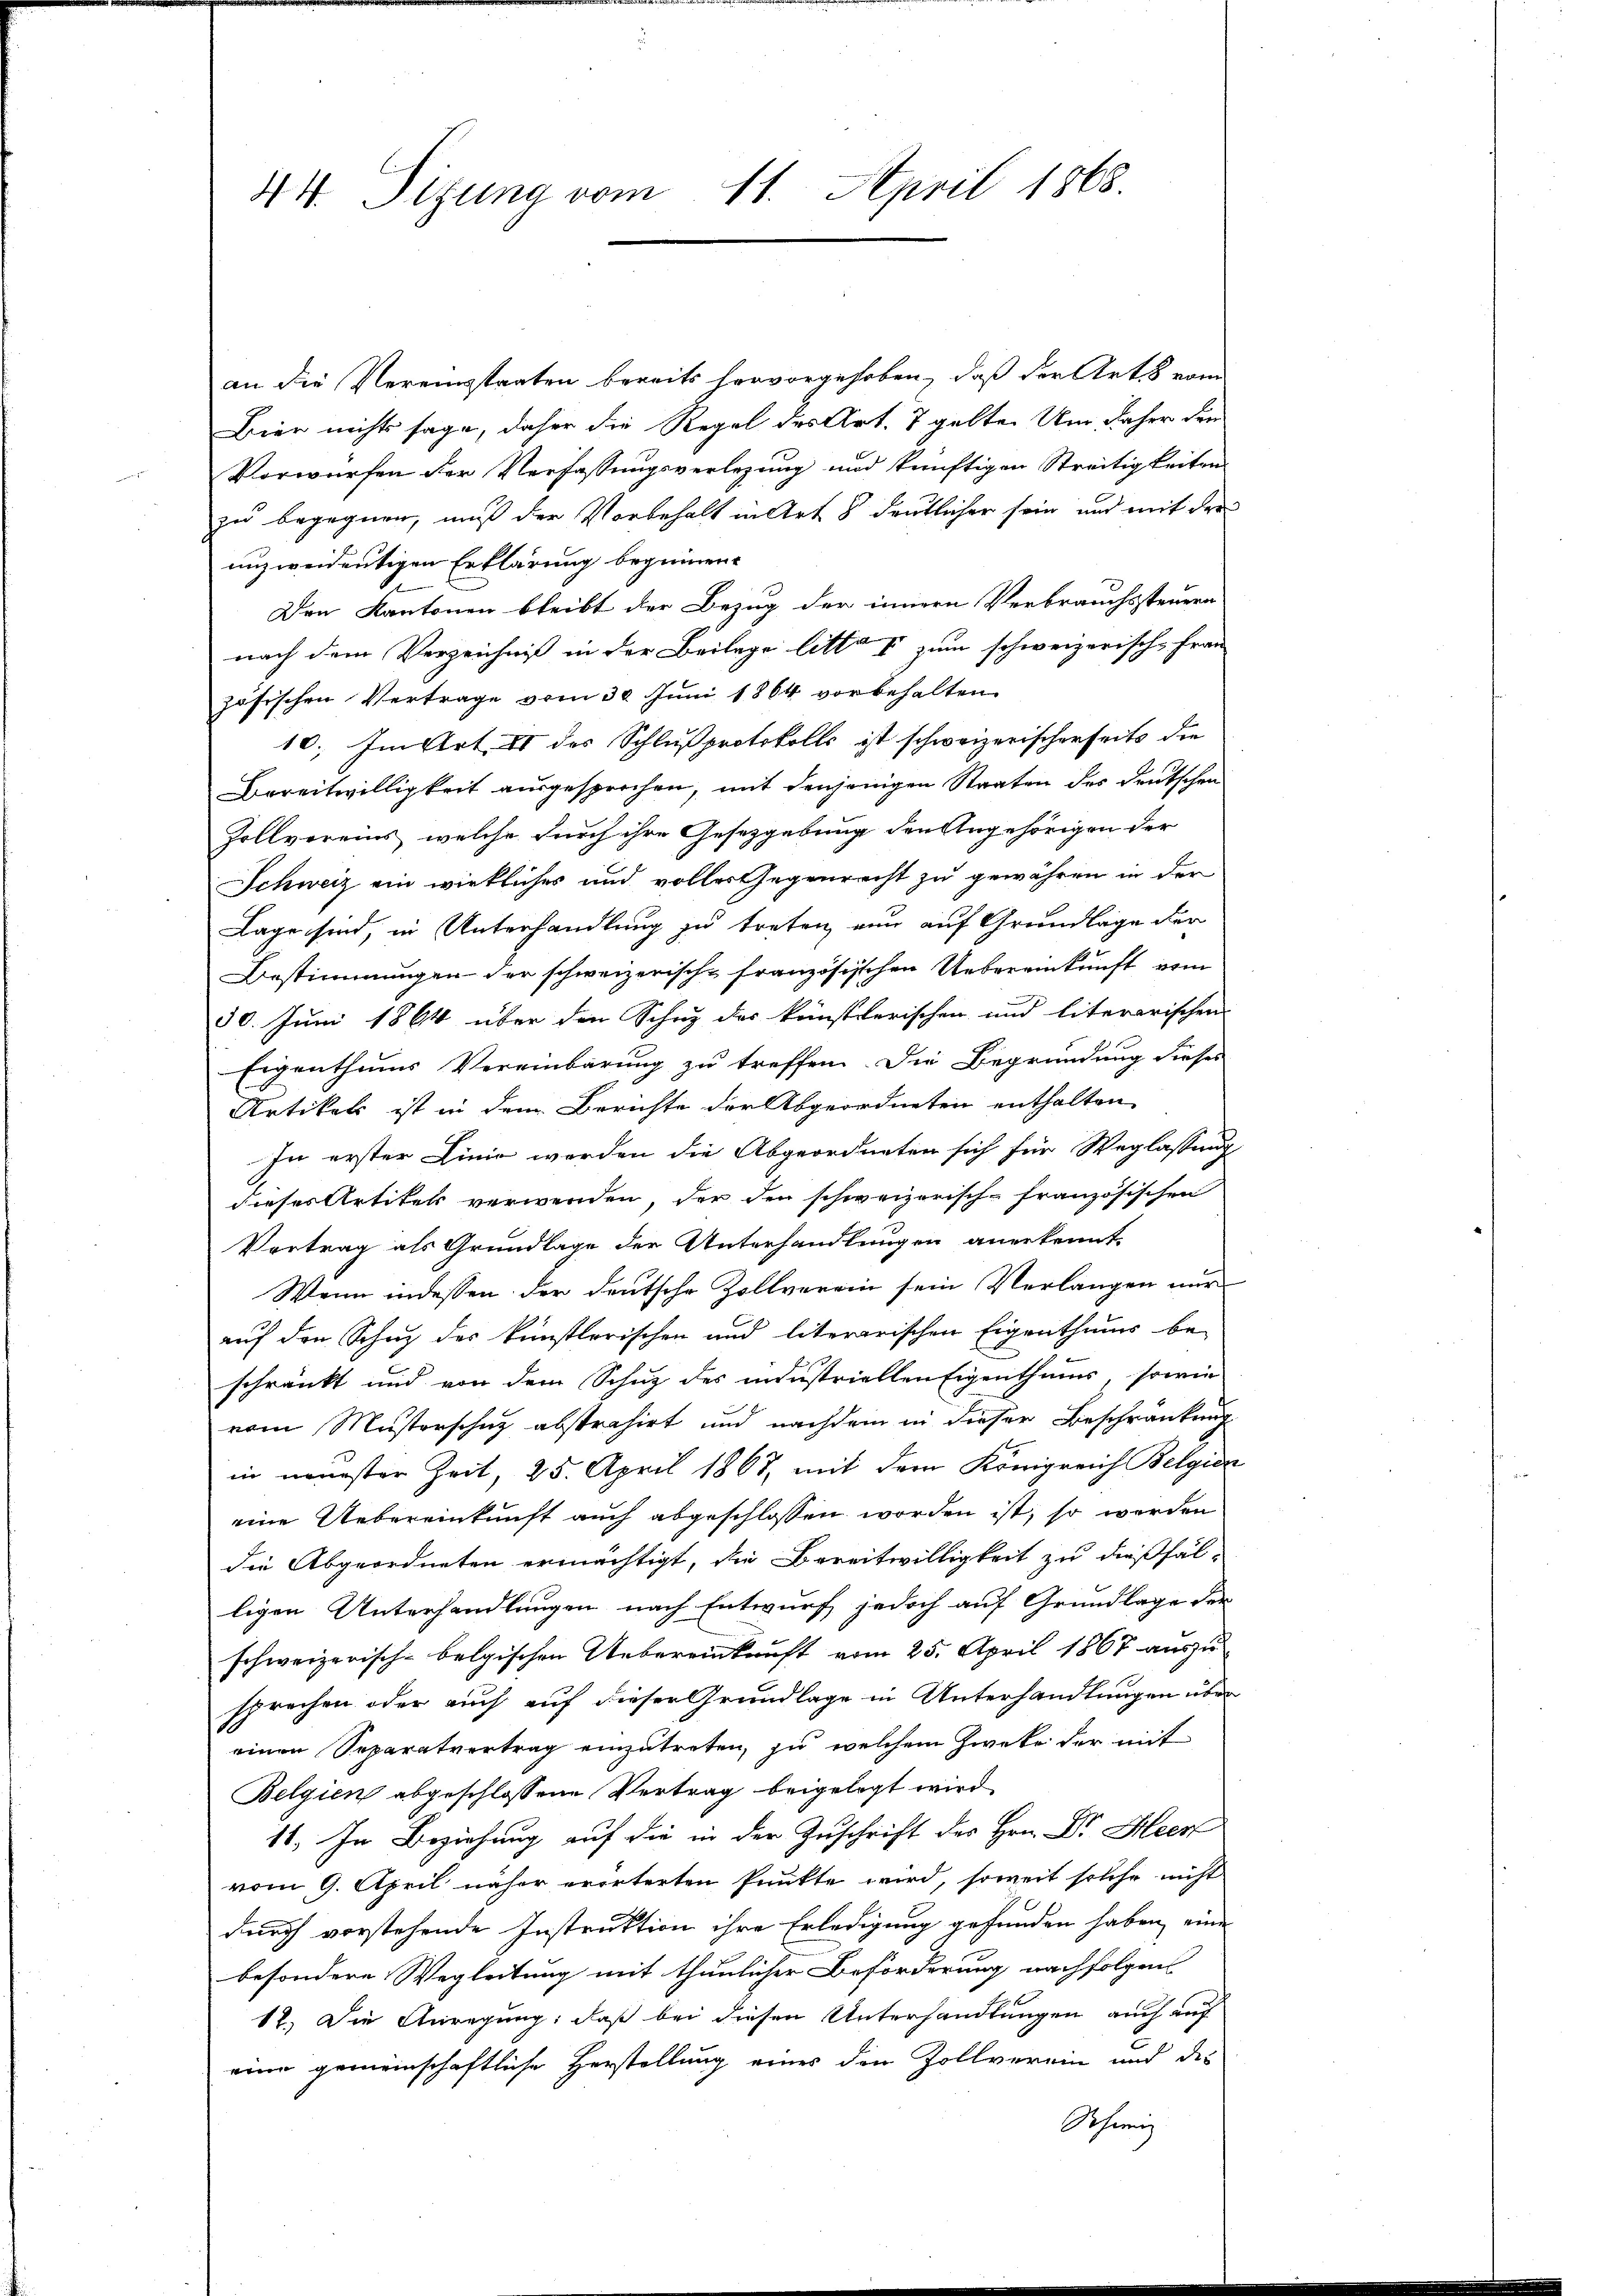
44. Sitzung vom 11. April 1868.

an die Vereinsstaaten bereits hervorgehoben, daß der Art von
Bier nichts sage, daher die Regel des Art. 7 gelte. Um daher den
Vorwürfen der Verfassungsverlegung und künftigen Streitigkeiten
zu begegnen, muß der Vorbehalt in Art 8 deutlicher sein und mit der
unzweidentigen Erklärung beginnen.
Den Kantonen bleibt der Bezug der innern Verbrauchssteuern
nach dem Verzeichniß in der Beilage litto I zum schweizerisch-Fran
zösischen Vertrage vom 30. Juni 1864 vorbehalten
10. Im Art. II des Schlußprotokolls ist schweizerischerheits die
Bereitwilligkeit ausgesprochen, mit denjenigen Staaten des deutschen
Zollvereins, welche durch ihre Gesetzgebung den Angehörigen der
Schweiz ein wirkliches und volles Gegenrecht zu gewähren in der
Lage sind, in Unterhandlung zu treten nun auf Grundlage der
Bestimmungen der schweizerische französischen Uebereinkunft vom
30. Juni 1864 über den Schuz des künstlerischen und literarischen
Eigenthums Vereinbarung zu treffen. Die Begründung dieses
Artikels ist in dem Berichte der Abgeordneten enthalten
In erster Linie werden die Abgeordneten sich für Weglassung
dieses Artikels verwenden, der den schweizerisch-französischen
Vertrag als Grundlage der Unterhandlungen anerkennt.
Wenn indessen der deutsche Zollverein sein Verlangen nur
auf den Schutz des künstlerischen und literarischen Eigenthums be-
schränkt und von dem Schuz des ministriellen Eigenthums, sowie
vom Musterschuz abstrahirt und nachdem in dieser Beschränkung
in neuester Zeit, 25. April 1867, mit dem Königreich Belgien
eine Uebereinkunft auch abgeschlossen worden ist, so werden
die Abgeordneten ermächtigt, die Bereitwilligkeit zu dießfälligen Unterhandlungen nach Entwurf, jedoch auf Grundlage der
schweizerisch-belgischen Uebereinkunft vom 25. April 1867 auszusprechen oder auch auf dieser Grundlage in Unterhandlungen über
einen Separatvertrag einzutreten, zu welchem Zweke der mit
Belgien abgeschlossene Vertrag beigelegt wird.
11. In Beziehung auf die in der Zuschrift des Hrn. Dr. Heer
vom 9. April näher erörterten Punkte wird, soweit solche nicht
durch vorstehende Instruktion ihre Erledigung gefunden haben, eine
besondere Wegleitung mit thunlicher Beförderung nachfolgen
12.) Die Anregung: daß bei diesen Unterhandlungen auch auf
eine gemeinschaftliche Herstellung eines den Zollverein und des
Scheinig